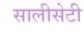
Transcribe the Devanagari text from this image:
सालीसेटी